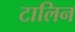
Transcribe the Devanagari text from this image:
टालिन